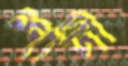
শাদী